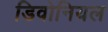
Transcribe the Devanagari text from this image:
डिवोनियल